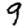
Digit: 9